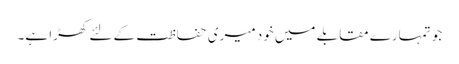
جو تمہارے مقابلے میں خود میری حفاظت کے لئے کھڑا ہے۔